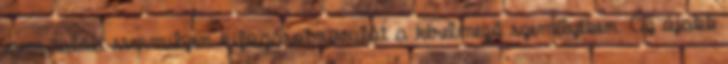
nem talált semmilyen kifogásolnivalót a kérelmező személyében. Az újabb